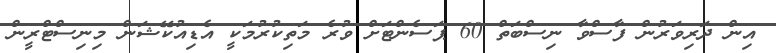
އިން ދަރިވަރުން ފާސްވާ ނިސްބަތް 60 ޕަސެންޓަށް ވުރެ މަތިކުރުމަކީ އެޑިއުކޭޝަން މިނިސްޓްރީން